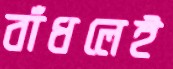
বাঁধলেই